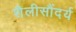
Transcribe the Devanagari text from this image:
शैलीसौंदर्य